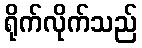
ရိုက်လိုက်သည်